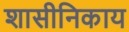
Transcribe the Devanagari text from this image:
शासीनिकाय